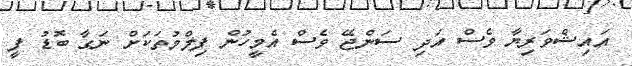
އައިޝްވަރިޔާ ވެސް އަދި ސަންޖޭ ވެސް އެމީހުން ފިލްމުތަކަށް ނަގާ ބޮޑު ފީ